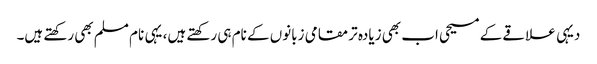
دیہی علاقے کے مسیحی اب بھی زیادہ تر مقامی زبانوں کے نام ہی رکھتے ہیں، یہی نام مسلم بھی رکھتے ہیں۔